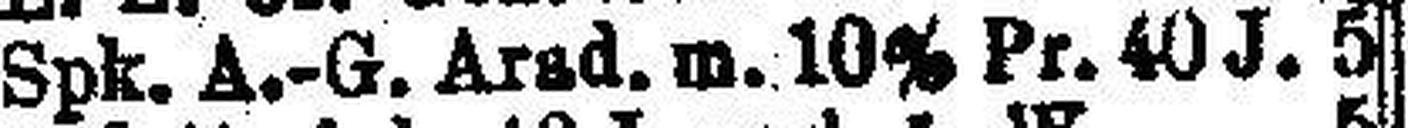
Spk. A.-G. Arsd. m. 10% Pr. 40 J. 5.